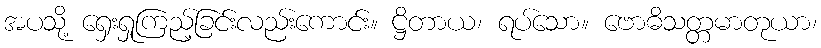
အပသို့ ရှေးရှုကြည့်ခြင်းလည်းကောင်း။ ဋ္ဌိတာယ၊ ရပ်သော။ ဗောဓိသတ္တမာတုယာ၊